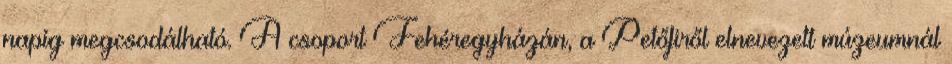
napig megcsodálható. A csoport Fehéregyházán, a Petőfiről elnevezett múzeumnál